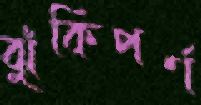
ঝুঁকিপর্ণ